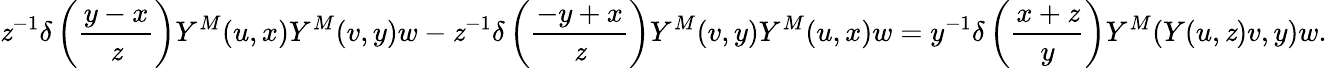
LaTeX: \mathit{z}^{-1}\delta\left({\frac{{y-x}}{{\mathit{z}}}}\right)Y^{M}(u,x)Y^{M}(v,y)w-\mathit{z}^{-1}\delta\left({\frac{{-y+x}}{{\mathit{z}}}}\right)Y^{M}(v,y)Y^{M}(u,x)w=y^{-1}\delta\left({\frac{{x+\mathit{z}}}{{y}}}\right)Y^{M}(Y(u,\mathit{z})v,y)w.